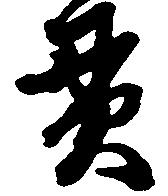
貫